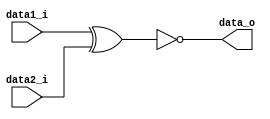
module XNor
(
	data1_i,
	data2_i,
	data_o
);

input      data1_i;
input      data2_i;
output reg data_o;

always @(data1_i or data2_i)
begin
	data_o = ~(data1_i ^ data2_i);
end

endmodule

/*
input data1_i = brach
input data2_i = 1/0  ==  
    equal 
    equal 
*/